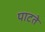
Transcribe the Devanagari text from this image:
पाटते